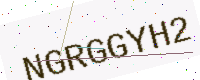
Text: NGRGGYH2